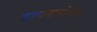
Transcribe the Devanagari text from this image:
डायनामोचा